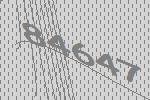
84647